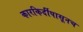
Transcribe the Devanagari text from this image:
कारकिर्दीपासूनच